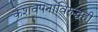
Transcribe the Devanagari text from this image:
केशवपनाविरुद्धही